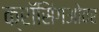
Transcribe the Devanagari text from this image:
क्रॉसिंगओवर